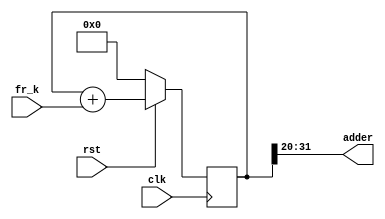
module add_32bit (
	input clk,
	input rst,
	input [31:0] fr_k,
	output [11:0] adder
);

reg  [31:0] add;

always @(posedge clk) 
begin
	if (!rst) 
	begin
		add <= 32'd0;
	end
	else 
	begin
		add <= add + fr_k;
	end
end

assign   adder = add[31:20];

endmodule